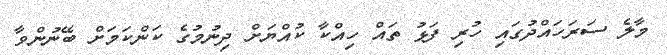
މާލެ ސަރަހައްދުގައި ހުރި ފަޅު ތައް ހިއްކާ ކުއްޔަށް ދިނުމުގެ ކަންކަމަށް ބޭނުންވާ